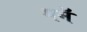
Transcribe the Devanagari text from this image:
गमॅ